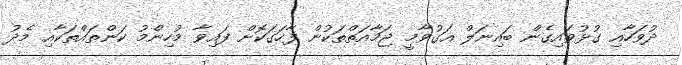
ދުވަހާއި ގުޅުވައިގެން ބައިނަލް އަގުވާމީ ޖަމާއަތްތަކުން ފާހަގަކޮށް ފައިވާ މުހިންމު ކަންތައްތަކާއި މެދު